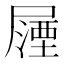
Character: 𭕵